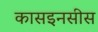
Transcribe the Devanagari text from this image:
कासइनसीस